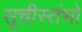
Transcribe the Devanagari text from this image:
सूचीस्तंभो